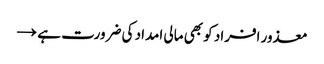
معذور افراد کو بھی مالی امداد کی ضرورت ہے →